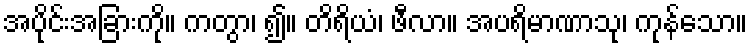
အပိုင်းအခြားကို။ ကတွာ၊ ၍။ တိရိယံ၊ ဖီလာ။ အပရိမာဏာသု၊ ကုန်သော။